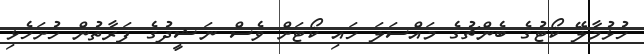
ހުޅުމާލޭ ކޯޓުގެ ބެންޗުގެ މައްސަލަ ހައި ކޯޓަށް ވެސް ނަޝީދުގެ ފަރާތުން ހުށަހެޅި